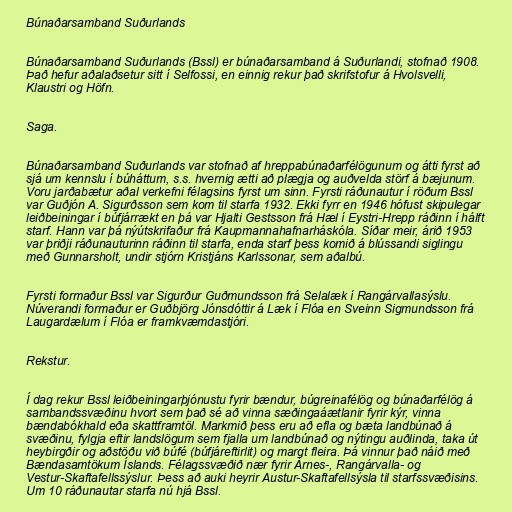
Búnaðarsamband Suðurlands

Búnaðarsamband Suðurlands (Bssl) er búnaðarsamband á Suðurlandi, stofnað 1908.
Það hefur aðalaðsetur sitt í Selfossi, en einnig rekur það skrifstofur á Hvolsvelli,
Klaustri og Höfn.

Saga.

Búnaðarsamband Suðurlands var stofnað af hreppabúnaðarfélögunum og átti fyrst að
sjá um kennslu í búháttum, s.s. hvernig ætti að plægja og auðvelda störf á bæjunum.
Voru jarðabætur aðal verkefni félagsins fyrst um sinn. Fyrsti ráðunautur í röðum Bssl
var Guðjón A. Sigurðsson sem kom til starfa 1932. Ekki fyrr en 1946 hófust skipulegar
leiðbeiningar í búfjárrækt en þá var Hjalti Gestsson frá Hæl í Eystri-Hrepp ráðinn í hálft
starf. Hann var þá nýútskrifaður frá Kaupmannahafnarháskóla. Síðar meir, árið 1953
var þriðji ráðunauturinn ráðinn til starfa, enda starf þess komið á blússandi siglingu
með Gunnarsholt, undir stjórn Kristjáns Karlssonar, sem aðalbú.

Fyrsti formaður Bssl var Sigurður Guðmundsson frá Selalæk í Rangárvallasýslu.
Núverandi formaður er Guðbjörg Jónsdóttir á Læk í Flóa en Sveinn Sigmundsson frá
Laugardælum í Flóa er framkvæmdastjóri.

Rekstur.

Í dag rekur Bssl leiðbeiningarþjónustu fyrir bændur, búgreinafélög og búnaðarfélög á
sambandssvæðinu hvort sem það sé að vinna sæðingaáætlanir fyrir kýr, vinna
bændabókhald eða skattframtöl. Markmið þess eru að efla og bæta landbúnað á
svæðinu, fylgja eftir landslögum sem fjalla um landbúnað og nýtingu auðlinda, taka út
heybirgðir og aðstöðu við búfé (búfjáreftirlit) og margt fleira. Þá vinnur það náið með
Bændasamtökum Íslands. Félagssvæðið nær fyrir Árnes-, Rangárvalla- og
Vestur-Skaftafellssýslur. Þess að auki heyrir Austur-Skaftafellsýsla til starfssvæðisins.
Um 10 ráðunautar starfa nú hjá Bssl.